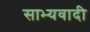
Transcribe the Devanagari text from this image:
साभ्यवादी